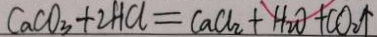
C a C O _ { 3 } + 2 H C L = C a C l _ { 2 } + H _ { 2 } O + C O _ { 2 } \uparrow